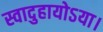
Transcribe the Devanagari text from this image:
स्वादुहायोऽया।